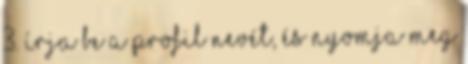
3. Írja be a profil nevét, és nyomja meg